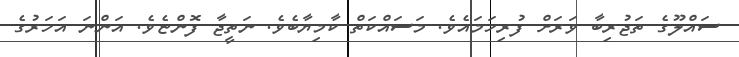
ސައްލޫގެ ތަޖުރިބާ ވަރަށް ފުރިހަމައެވެ. މަސައްކަތް ކާމިޔާބެވެ. ނަތީޖާ ފޮންޏެވެ. އަންނަ އަހަރުގެ